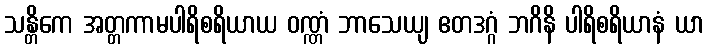
သန္တိကေ အတ္တကာမပါရိစရိယာယ ဝဏ္ဏံ ဘာသေယျ ဧတဒဂ္ဂံ ဘဂိနိ ပါရိစရိယာနံ ယာ